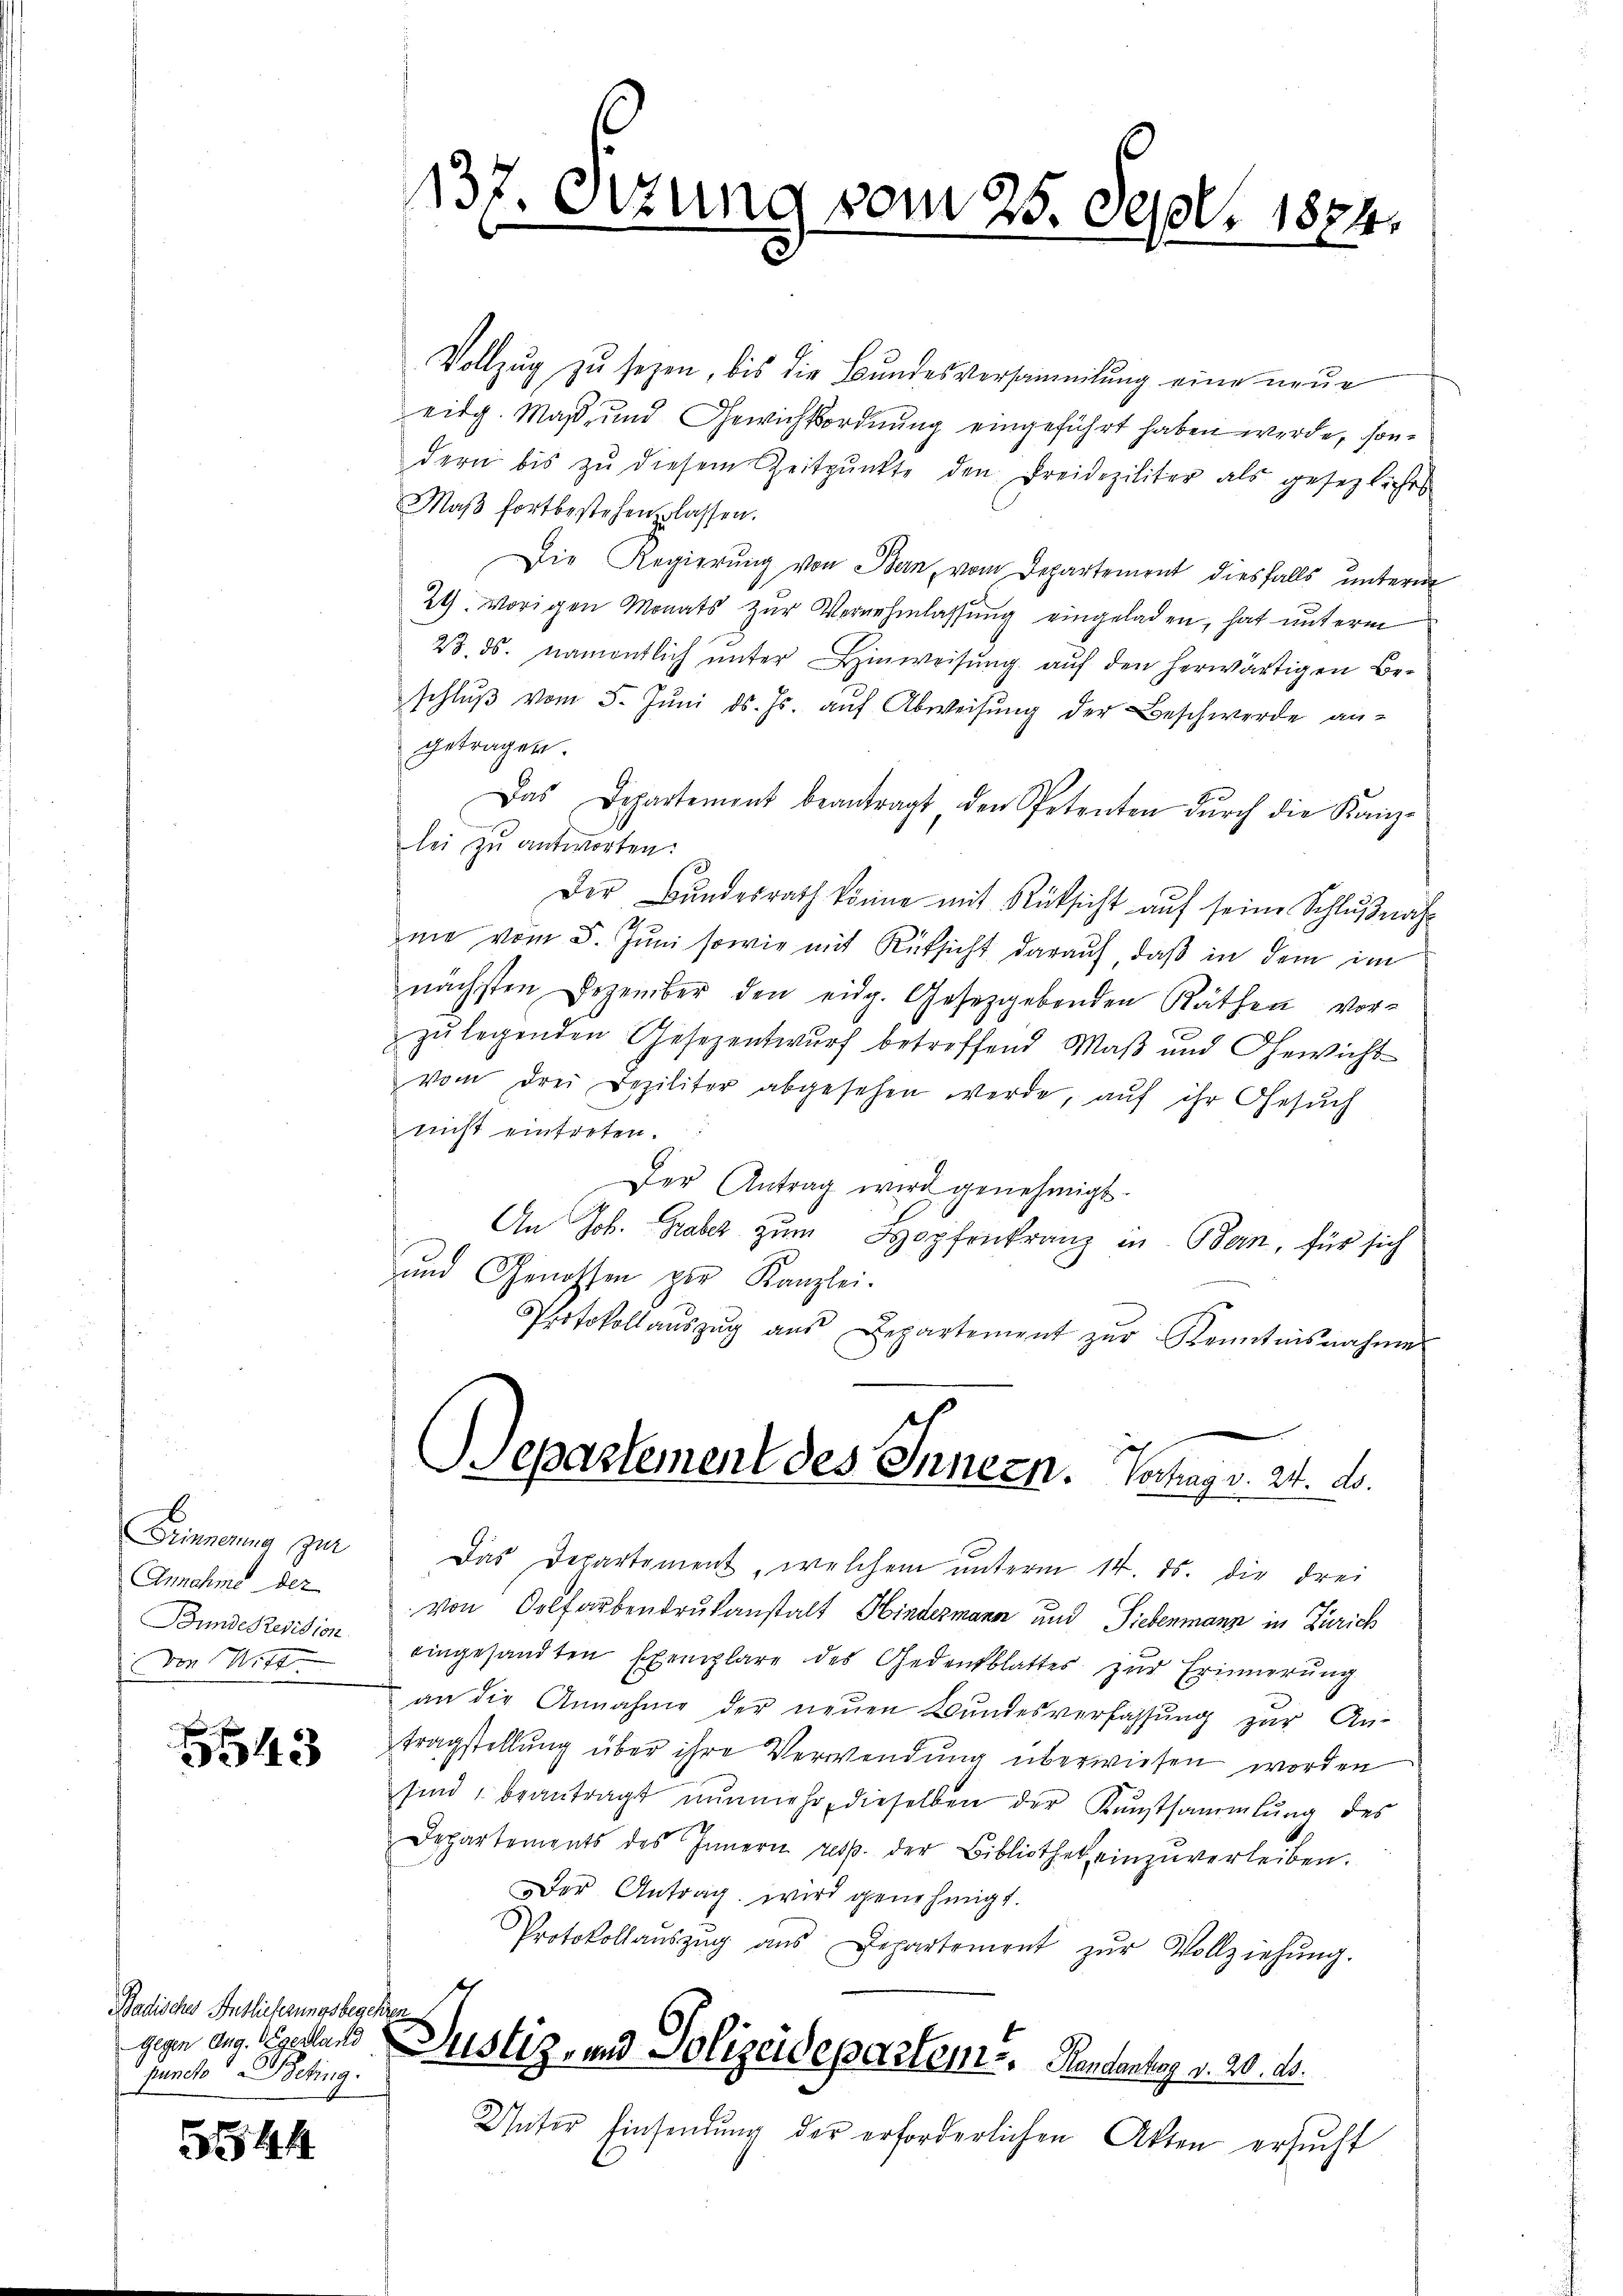
Finnerung zur
Annahme der
Bundesrevision.
Vom Mitt

5543

Badisches Anblieferungsbegehren
puncto Beding.

5544

137. Sitzung vom 25. Sept. 1874.

Vollzŭg zŭ sezen, bis die Bundesversammlung eine neŭe
eidg. Maß und Gewichtsordnung eingeführt haben werde, sondern bis zŭ diesem Zeitpunkte den Freideziliter als gesezliches
Maβ fortbestehen lassen.
Die Regierung von Bern, vom Departement diesfalls unterm
24. vorigen Monats zur Vernehmlassung eingeladen, hat unterm
23. ds. namentlich unter Hinweisung auf den herwärtigen Beschlŭβ vom 5. Jŭni d. Js. auf Abweisŭng der Beschwerde an-
getragen.
Das Departement beantragt den Petenten dŭrch die Kanz-
lei zu antworten:
Der Bundesrath könne mit Rücksicht auf seine Schlußnahme vom 5. Juni sowie mit Rüksicht darauf, daß in dem im
nächsten Dezember den eidg. Gesetzgebenden Räthen vor-
zŭlegenden Gesezentwŭrf betreffend Maβ und Gewicht
vom drei Dezilitar abgesehen werde, auf ihr Gesŭch
nicht eintreten.
Der Antrag wird genehmigt.
An Joh. Graber zum Hopfenkranz in Bern, für sich
und Genossen per Kanzlei.
Protokollaŭszŭg aŭs Departement zŭr Kenntnisnahme
Separtement des Innern. Vertrag v. 24. ds.
Das Departement, welchem unterm 14. ds. die drei
von Oelfarbendrukanstalt Hindermann und Siebenmann in Zürich
eingesandten Exemplare des Gedenkblattes zur Erinnerung
an die Annahme der neuen Bundesverfassung zur An-
tragstellŭng über ihre Verwendung überwiesen worden
sind, beantragt nunmehr, dieselben der Kunstsammlung des
Departements des Innern resp. der Bibliothek einzŭverleiben.
Der Antrag wird genehmigt.
Protokollaŭszŭg ans Departement zŭr Vollziehŭng.
gegen aus. Segestats Justiz- und Polizeidepartem . .   Handentenz v. 20. ds.
Unter Einsendung der erforderlichen Akten ersucht